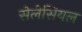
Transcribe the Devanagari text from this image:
सेलेसियल